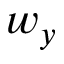
w _ { y }